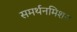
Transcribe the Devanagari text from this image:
समर्थनमिशन